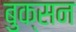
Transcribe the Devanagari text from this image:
बुक्सन